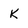
Character: K